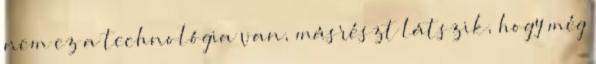
nem ez a technológia van, másrészt látszik, hogy még